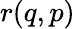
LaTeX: r(q,p)